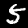
Digit: 5